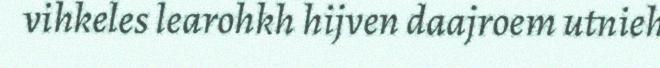
vihkeles learohkh hijven daajroem utnieh